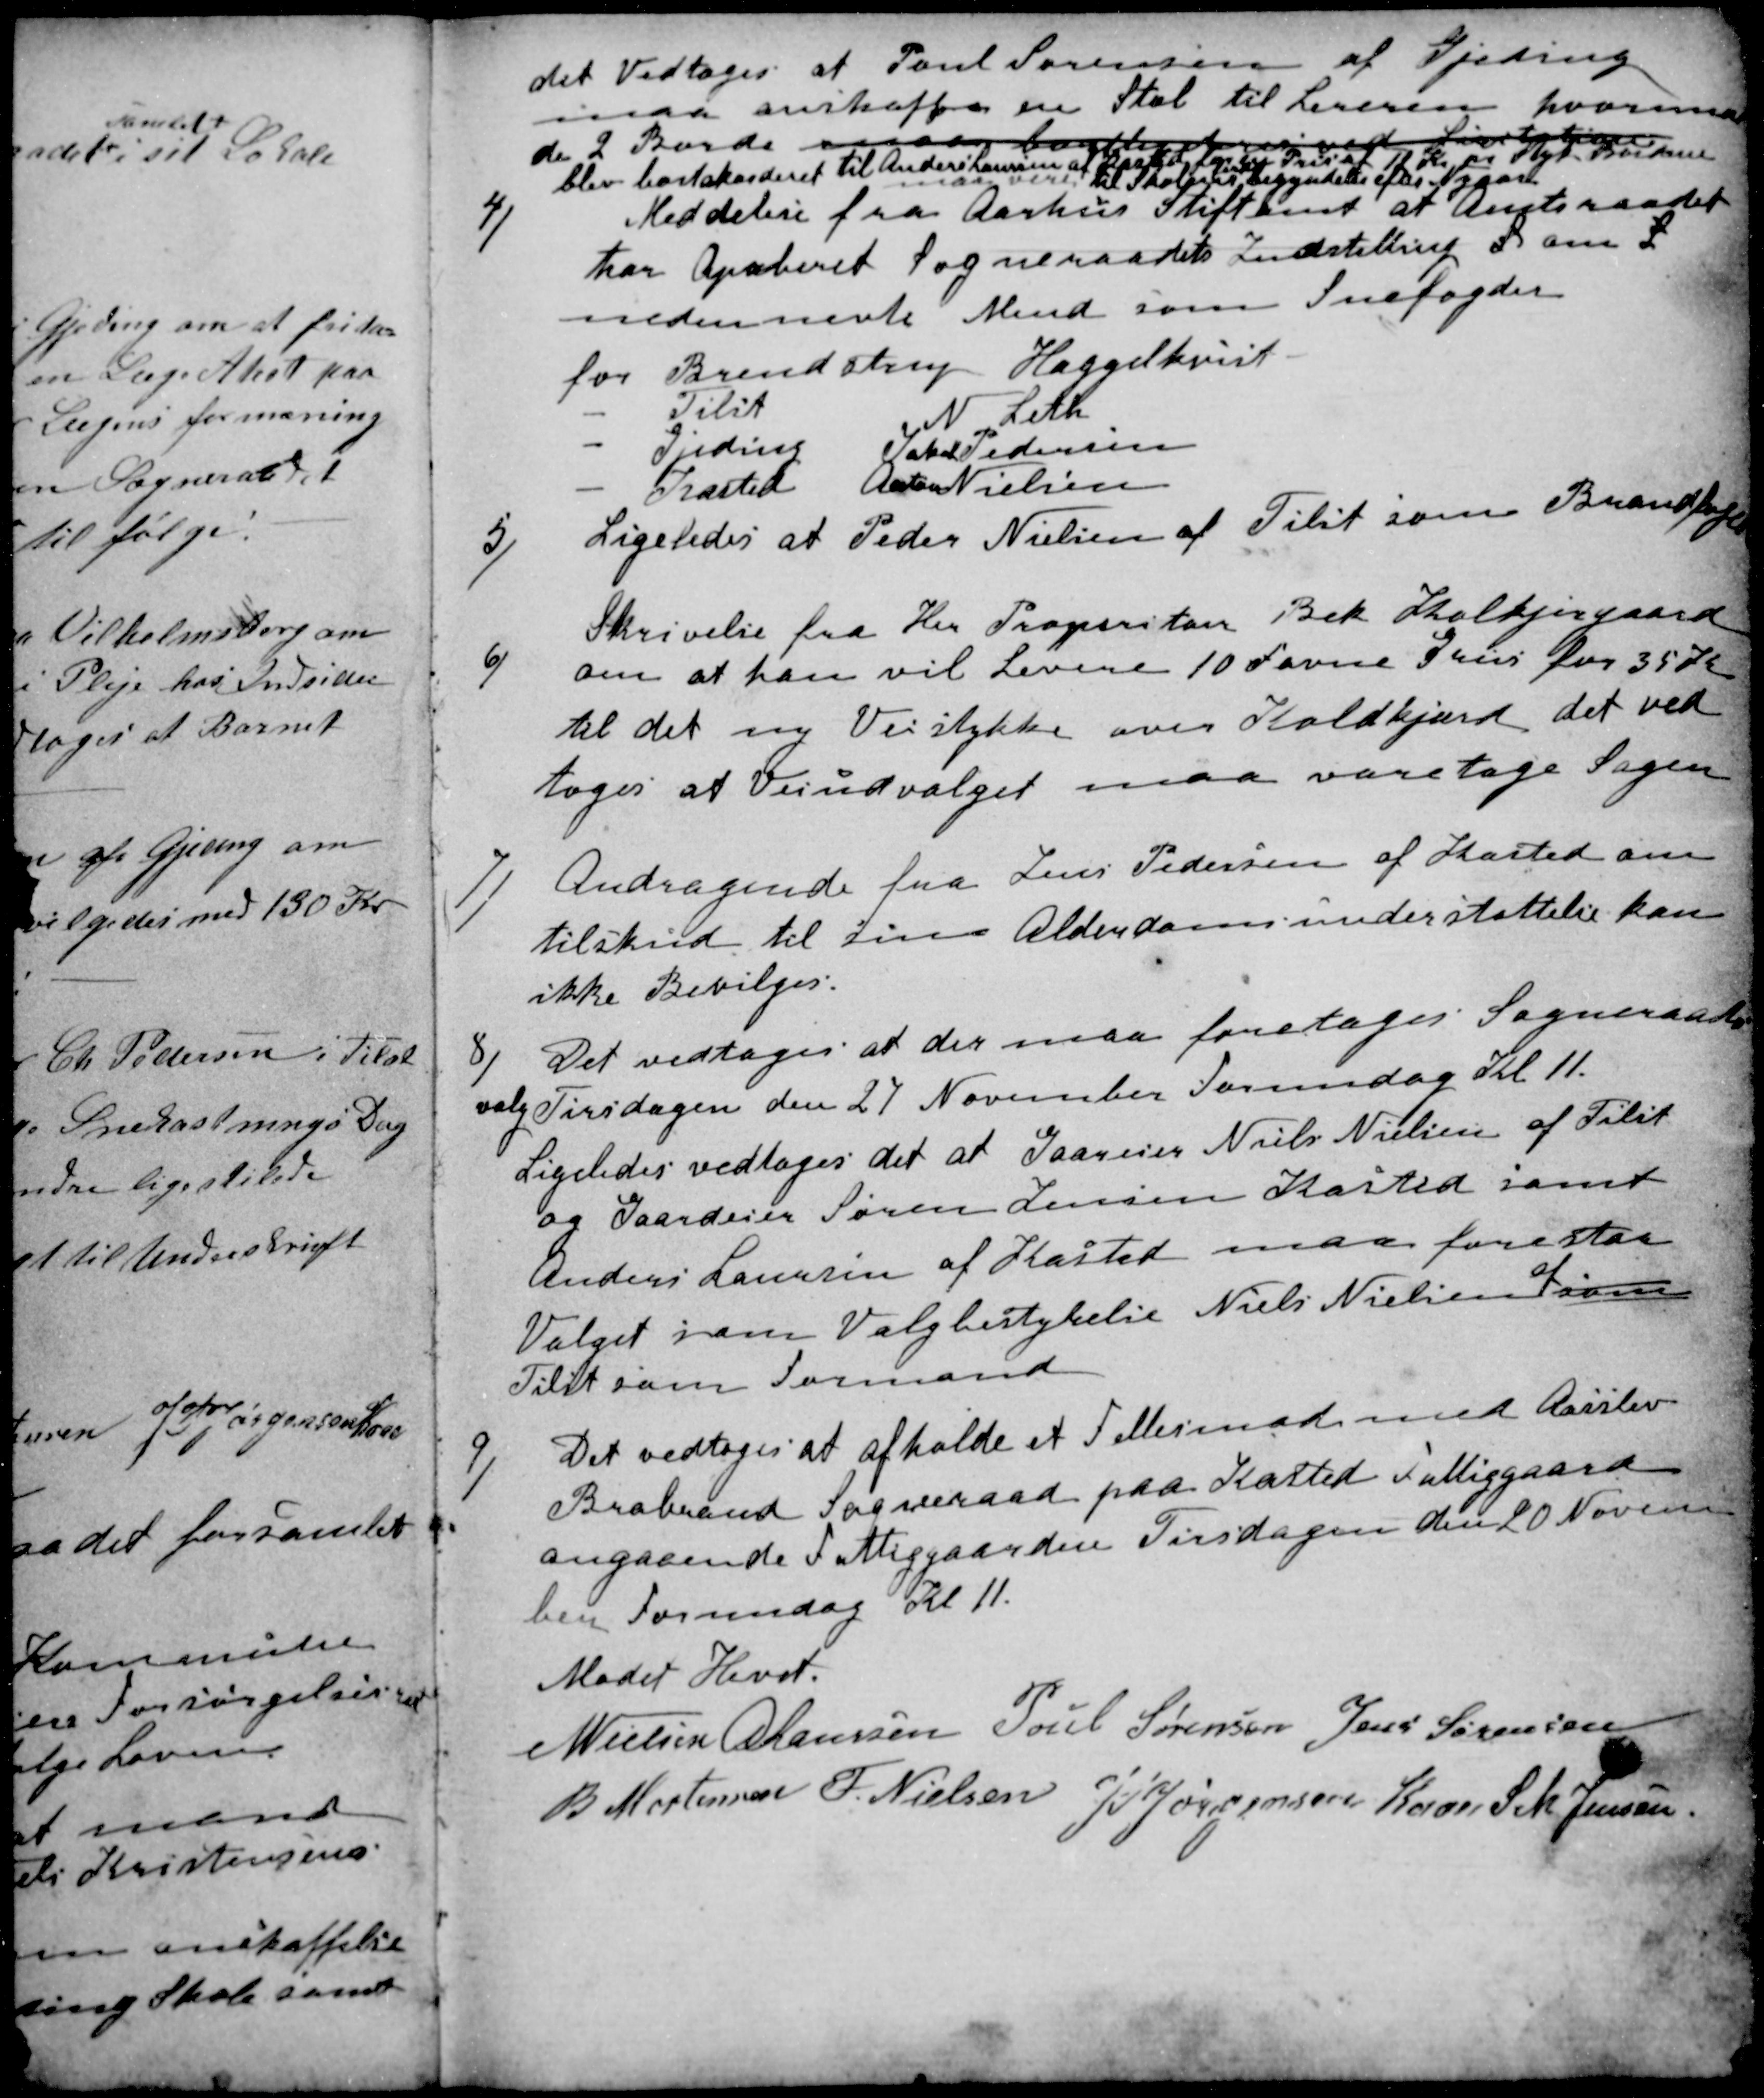
Transskription:
det Vedtoges at Poul Sørensen af Gjeding
maa anskaffe en Stol til Lereren hvorimod
de 2 Borde maa bortakorderes  ved Licitation
blev bortakorderet til Anders Laursen af Kasted for en Pris af 11 Kr pr Styk. Bordene
maa vere til Skolens 
ferdig
begyndelse efter Nyaar.
4)
Meddelese fra Aarhus Stiftamt at Amtsraadet
har Apoberet Sogneraadets Indstilling S om S
nedennevte Mend som Snefogder
for Brendstrup Haggelkvist
Tilst
N. Leth
Gjeding
Jakob Pedersen
Kasted
Anton Nielsen
5)
Ligeledes at Peder Nielsen af Tilst som Brandfogde
6)
Skrivelse fra Her Properitær Bek Kolkjergaard
om at han vil Levere 10 Favne Grus for 35 Kr
til det ny Veistykke over Koldkjærd det ved
toges at Veiudvalget maa varetage Sagen
7)
Andragende fra Jens Pedersen af Kasted om
tilskud til sin Alderdomsunderstøttelse kan
ikke Bevilges.
8)
Det vedtoges at der maa foretages Sogneraads
valg Tirsdagen den 27 November Formedag Kl 11.
Ligeledes vedtoges det at Gaareier Niels Nielsen af Tilst
og Gaardeier Søren Jensen Kasted samt
Anders Laursen af Kasted maa forestaa
Valget som Valgbestyrelse Niels Nielsen
af
som
Tilst som Formand
9)
Det vedtoges at afholde et Fellesmøde med Aarslev
Brabrand Sogneraad paa Kasted Fattiggaard
angaaende Fattiggaarden Tirsdagen den 20 Novem
ber Formidag Kl 11.
Mødet Hevet.
N Nielsen
A Laursen
Poul Sørensen
Jens Sørensen
B Mortensen
F. Nielsen
J P Jørgensen Kaae
S M Jensen